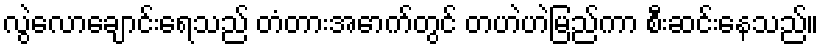
လွဲလောချောင်းရေသည် တံတားအောက်တွင် တဟဲဟဲမြည်ကာ စီးဆင်းနေသည်။